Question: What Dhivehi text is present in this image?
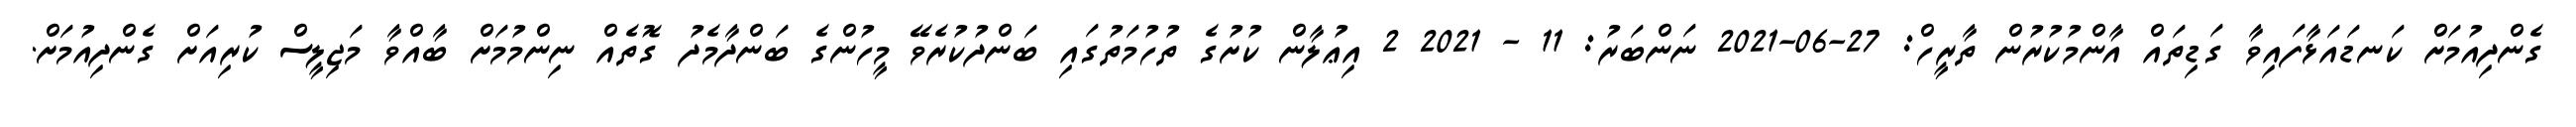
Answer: ގެންދިއުމަށް ކަނޑައަޅާފައިވާ ގަޑިތައް އާންމުކުރުން ތާރީހް: 27-06-2021 ނަންބަރު: 11 - 2021 2 އިޢުލާން ކުށުގެ ތުހުމަތުގައި ބަންދުކުރެވޭ މީހުންގެ ބަންދާމެދު ގޮތެއް ނިންމުމަށް ބާއްވާ މަޖިލީސް ކުރިއަށް ގެންދިއުމަށް.